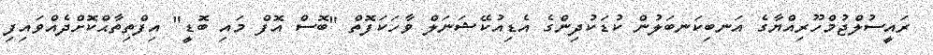
ރައީސުލްޖުމްހޫރިއްޔާގެ އަނބިކަނބަލުން ކުޑަކުދިންގެ އެޑިއުކޭޝަނަލް ވާހަކަފޮތް "ބޮސް އޮފް މައި ބޮޑީ" އިފްތިތާޙްކޮށްދެއްވައިފި